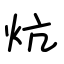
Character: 炕